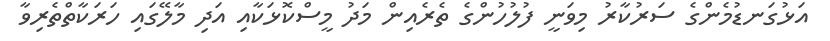
އަޅުގަނޑުމެންގެ ސަރުކާރު މިވަނީ ފުލުުހުންގެ ތެރެއިން މަދު މީސްކޮޅަކާއި އަދި މާލޭގައި ހަރަކާތްތެރިވާ